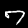
Label: 7